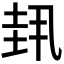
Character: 𫭳